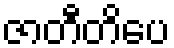
ဇာတီတိပေ